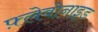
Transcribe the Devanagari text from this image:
फ़्लेवोनाइड